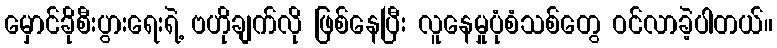
မှောင်ခိုစီးပွားရေးရဲ့ ဗဟိုချက်လို ဖြစ်နေပြီး လူနေမှုပုံစံသစ်တွေ ဝင်လာခဲ့ပါတယ်။